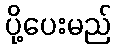
ပို့ပေးမည်